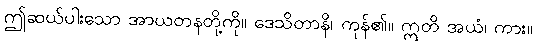
ဤဆယ်ပါးသော အာယတနတို့ကို။ ဒေသိတာနိ၊ ကုန်၏။ ဣတိ အယံ၊ ကား။